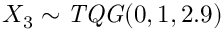
X _ { 3 } \sim \mathit { T Q G } ( 0 , 1 , 2 . 9 )